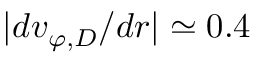
\lvert d v _ { \varphi , D } / d r \rvert \simeq 0 . 4